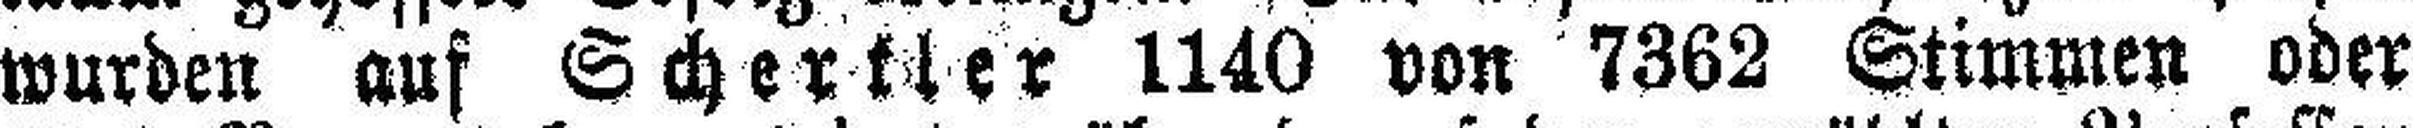
wurden auf Schertler 1140 von 7362 Stimmen oder